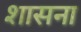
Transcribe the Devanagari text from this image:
शासना